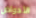
الأحواض